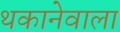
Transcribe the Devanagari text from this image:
थकानेवाला